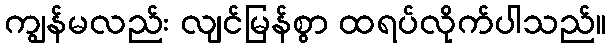
ကျွန်မလည်း လျင်မြန်စွာ ထရပ်လိုက်ပါသည်။